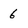
Character: 6